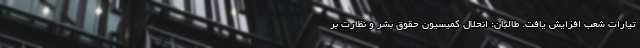
تیارات شعب افزایش یافت. طالبان: انحلال کمیسیون حقوق بشر و نظارت بر